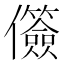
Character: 𫤐